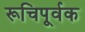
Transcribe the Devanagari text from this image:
रूचिपूर्वक